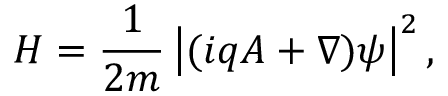
H = { \frac { 1 } { 2 m } } \left| ( i q A + \nabla ) \psi \right| ^ { 2 } ,